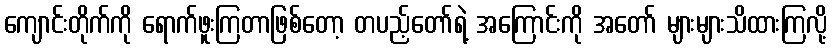
ကျောင်းတိုက်ကို ရောက်ဖူးကြတာဖြစ်တော့ တပည့်တော်ရဲ့ အကြောင်းကို အတော် များများသိထားကြလို့